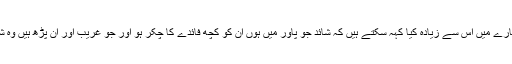
اب وہ کیوں حامی ہیں اس کے بارے میں اس سے زیادہ کیا کہہ سکتے ہیں کہ شائد جو پاور میں ہوں ان کو کچھ فائدے کا چکر ہو اور جو غریب اور ان پڑھ ہیں وہ شائد ان کی چاہت میں اندھے ہیں۔